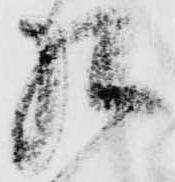
相